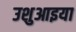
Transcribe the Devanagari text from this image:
उशुआइया